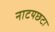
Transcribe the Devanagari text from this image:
नाटयछटा